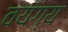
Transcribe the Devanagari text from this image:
वयंग्य